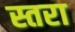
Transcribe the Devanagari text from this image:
स्तरा